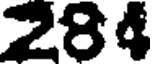
284